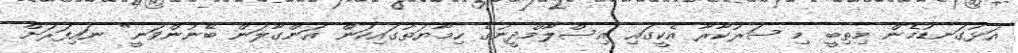
އަޅުގަނޑުމެން މިތިބީ މި ސަރުކާރާ އެކީގައި އިސްލާމްދީނުގެ ހިމާޔަތުގައިކަން އަންގާލަން ބޭނުންވަނީ" ނައިފަރަށް